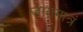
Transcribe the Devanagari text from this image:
जातमात्रं